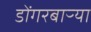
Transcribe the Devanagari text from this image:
डोंगरबाऱ्या